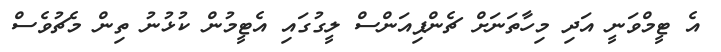
އެ ޓީމްވަނީ އަދި މިހާތަނަށް ޗެންޕިއަންސް ލީގުގައި އެޓީމުން ކުޅުނު ތިން މެޗުވެސް